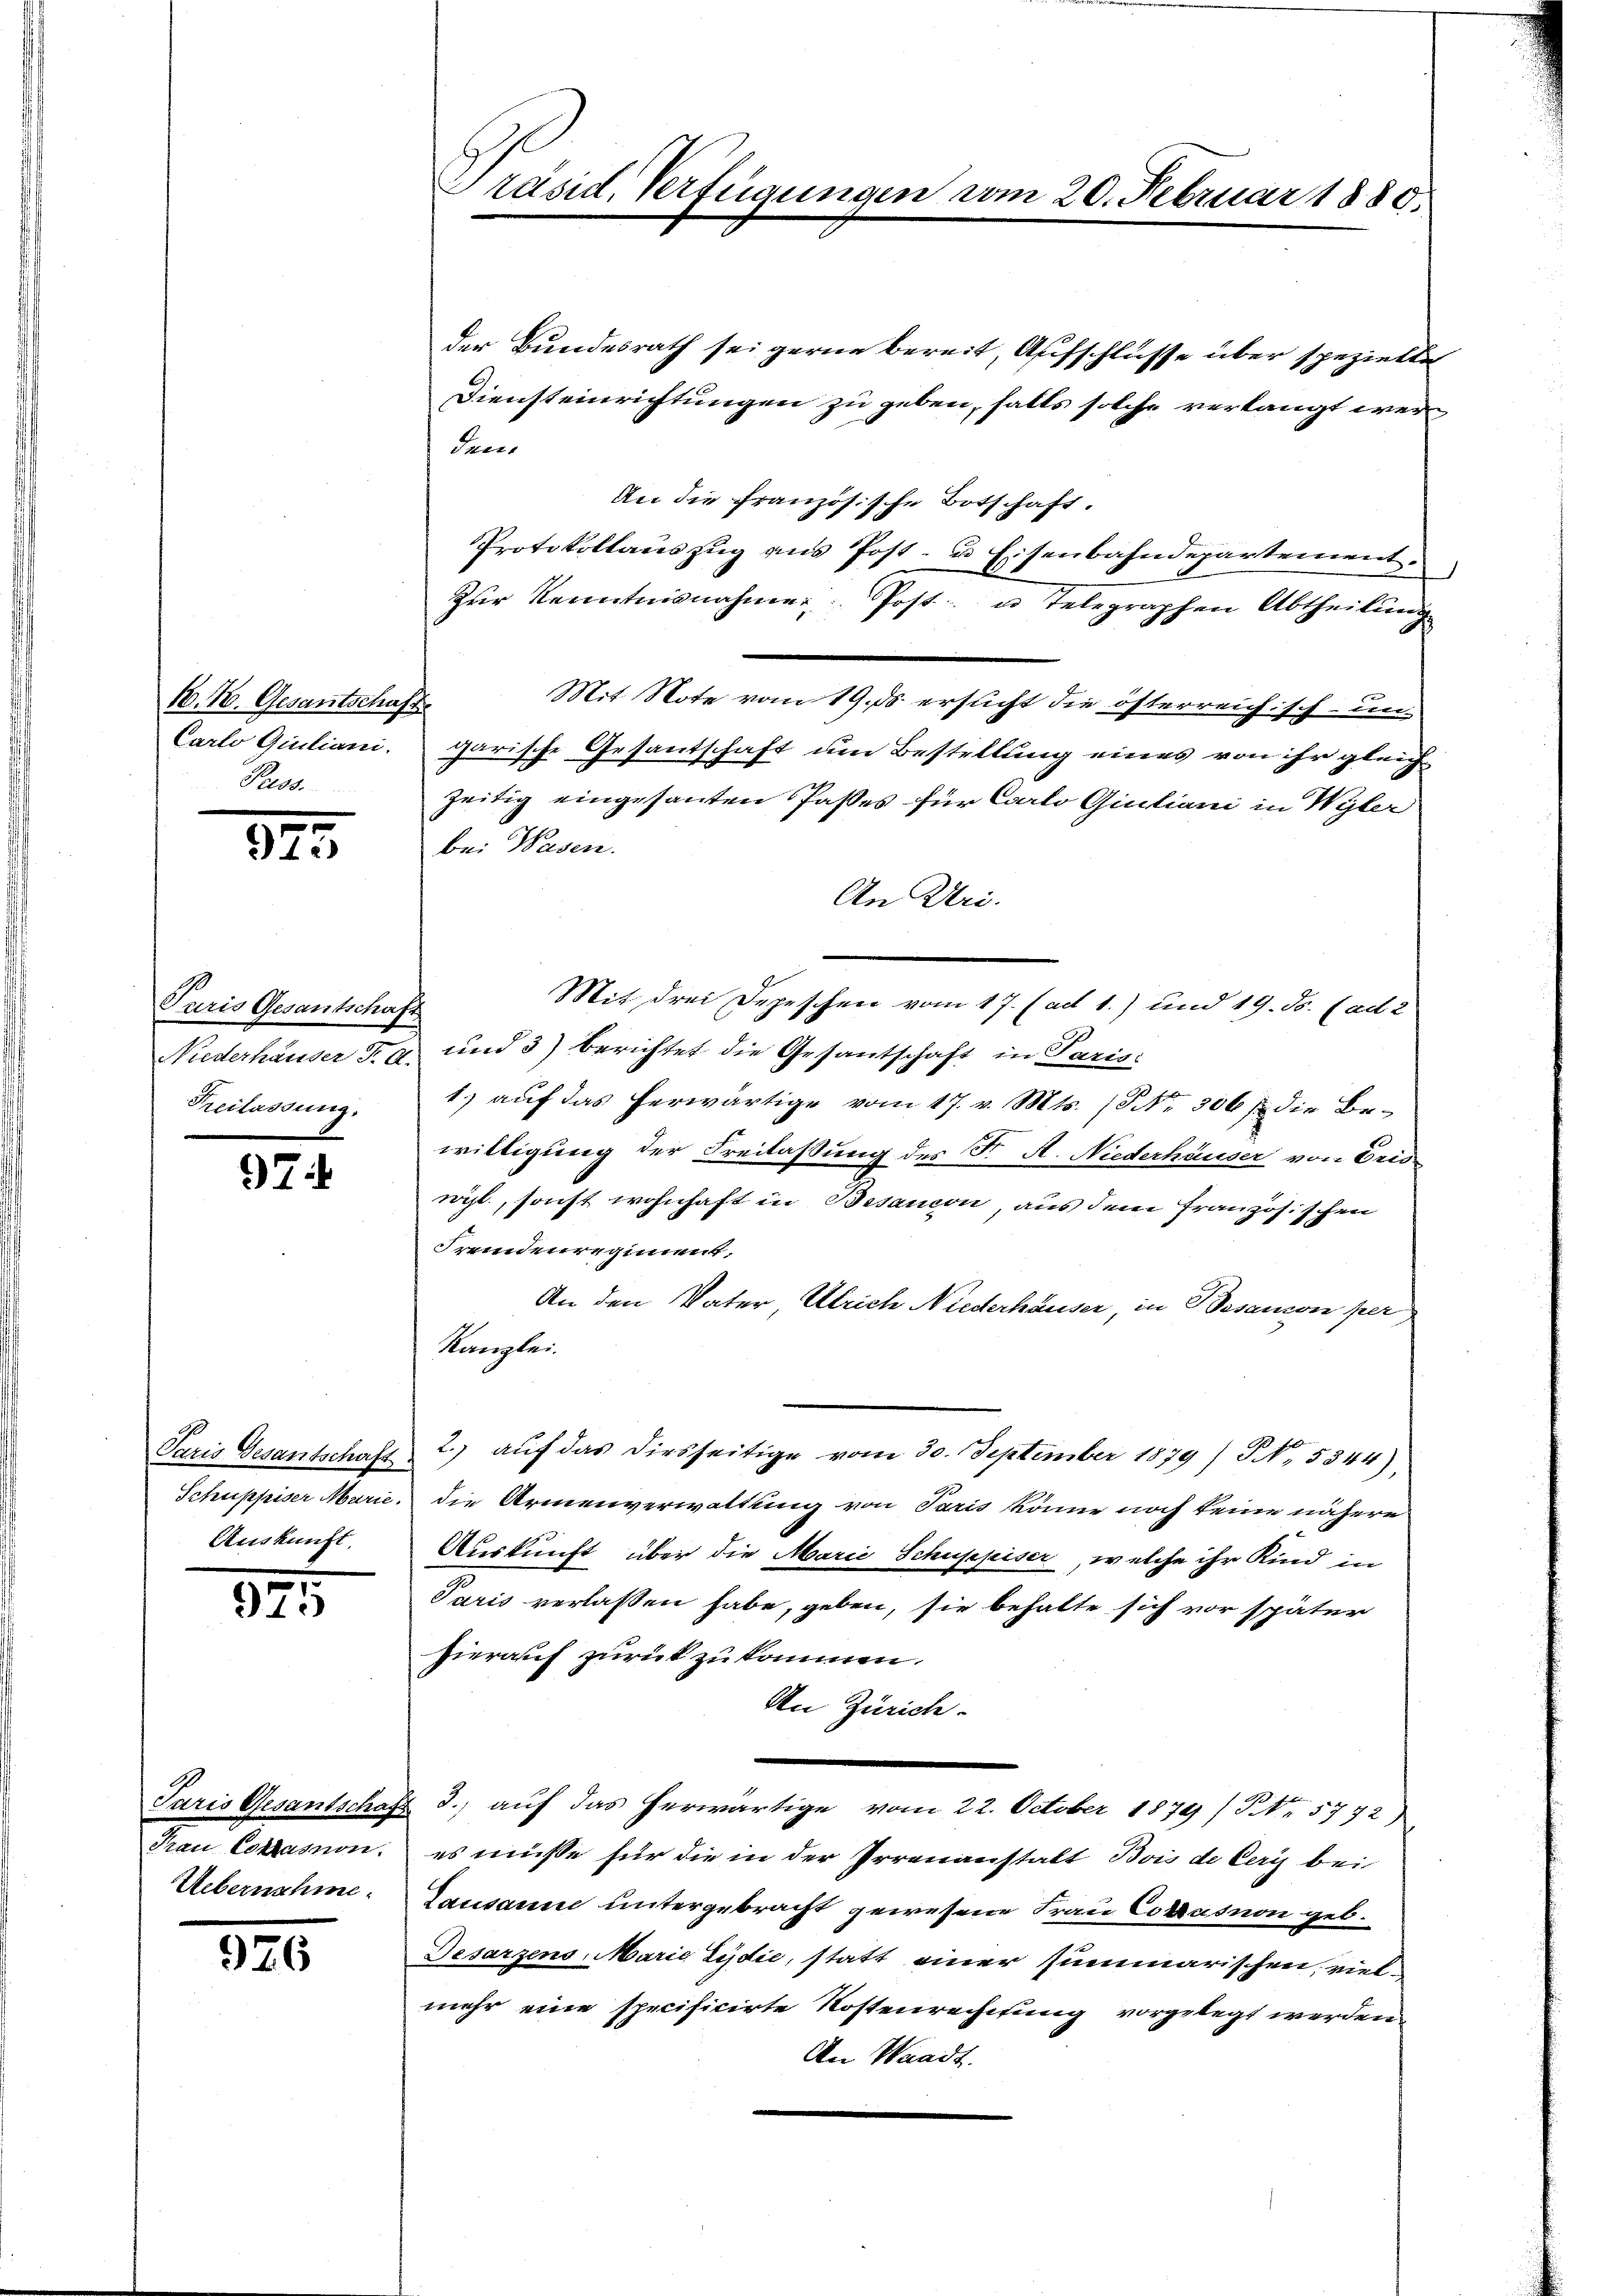
16. 18. Gesantschaft
Carto Giuliani.
Peess.

.
12

Paris Gesantschaft
eilassung.

97

Auskunft.

375

Paris Gesantschaf
Frau Cottasnon.
Uebernahme.

926

der Bundesrath sei gerne bereit, Aufschlüsse über spezielte
Diensteinrichtungen zu geben, falls solche verlangt werden
An die französische Botschaft.
Protokollaŭszŭg ans Post- u Eisenbahndepartement.
Zur Kenntnisnahmen Post u. Telegraphen Abtheilung
Mit Note vom 19. 55 ersucht die österreichisch- un
garische Gesantschaft um Bestellung eines von ihr gleich
zeitig eingesanten Passes für Carlo Giuliani in Wyler
be. Wasen.
An Uri.
Mit drei Depeschen vom 17. (ad 1.) und 19. ds. (ad 2
Niederhäuser F. a und 3) berichtet die Gesantschaft in Paris:
1) auf das herwärtige vom 17. v. Mts. (Nr. 306 / die Bewilligung der Freilassung des Fr. A. Niederhäuser von Eris-
rögl, sonst wohnhaft in Bssancon, aus dem französischen
Fremdenregiment.
An den Vater, Ulrich Niederhäuser, in Besanon per
Kanzlei.
Paris Gesantschaft 2.) auf das diesseitige vom 30. September 1879/ NNo. 5344),
Schuppiser Marie, die Armenverwaltung von Paris könne noch keine nähere
Auskunft über die Marie Schuppiser, welche ihr Kind in
Paris verlaßen habe, geben, sie behalte sich vor später
hierauf zurück zu kommen.
An Zürich.
& 3. aŭf das herwärtige vom 22. October 1879) S. 5772)
es müsse für die in der Irrenanstalt Bois de Ceris bei
Lausanne untergebracht gewesene Frau Corasnon geb.
Desarzens, Marie Eydić, statt einer summarischen, vielmehr eine specificirte Kostenrechtung vorgelegt werden.
An Waadt.

Präsid. Verfügungen vom 20. Februar 1880.